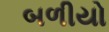
બળીયો